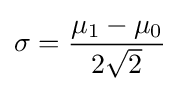
\sigma ={\frac {\mu _{1}-\mu _{0}}{2{\sqrt {2}}}}